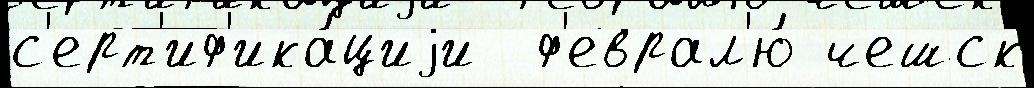
с'ерт'иф'ика́циjи  ф'еврал'ю́ чешск